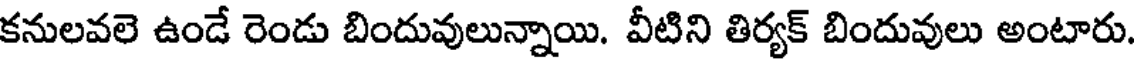
కనులవలె ఉండే రెండు బిందువులున్నాయి. వీటిని తిర్యక్ బిందువులు అంటారు